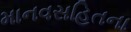
માનવસહિતના